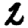
Digit: 2